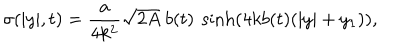
\sigma ( | y | , t ) = \frac { a } { 4 k ^ { 2 } } \sqrt { 2 A } ~ b ( t ) ~ \sinh \left( 4 k b ( t ) ( | y | + y _ { 1 } ) \right) ,